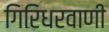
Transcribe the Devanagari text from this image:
गिरिधरवाणी